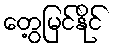
တွေ့မြင်နိုင်